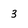
Character: 3